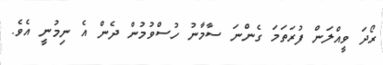
ރޯދަ ވީއްލަން ފުރަތަމަ ގެންނަ ސާމާނު ހުސްވުމުން ދެން އެ ނިމުނީ އެވެ.